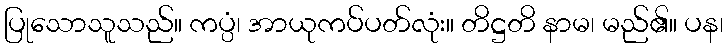
ပြုသောသူသည်။ ကပ္ပံ၊ အာယုကပ်ပတ်လုံး။ တိဋ္ဌတိ နာမ၊ မည်၏။ ပန၊